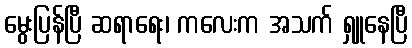
မွေးပြန်ပြီ ဆရာရေး၊ ကလေးက အသက် ရှူနေပြီ